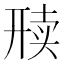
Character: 𬻦